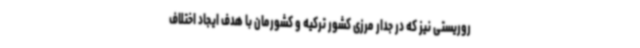
روریستی نیز که در جدار مرزی کشور ترکیه و کشورمان با هدف ایجاد اختلاف